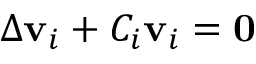
\Delta \mathbf { v } _ { i } + C _ { i } \mathbf { v } _ { i } = \mathbf { 0 }